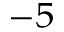
^ { - 5 }